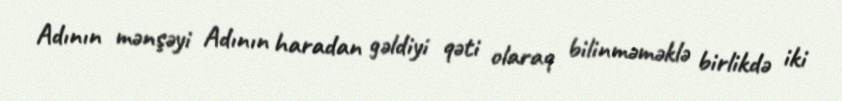
Adının mənşəyi Adının haradan gəldiyi qəti olaraq bilinməməklə birlikdə iki